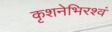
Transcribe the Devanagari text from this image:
कृशनेभिरश्वं